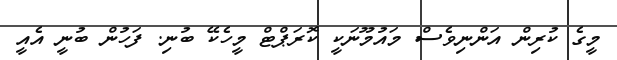
މީގެ ކުރިން އަންނިވެސް މައުމޫނަކީ ކޮރަޕްޓް މީހެކޭ ބުނި. ފަހުން ބުނީ އެއީ